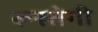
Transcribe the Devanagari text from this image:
रूस्तेगी